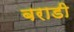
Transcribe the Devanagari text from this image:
बराडी